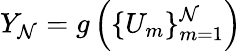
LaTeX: Y_{\mathcal{N}}=g\left(\{ U_{m}\} _{m=1}^{\mathcal{N}}\right)